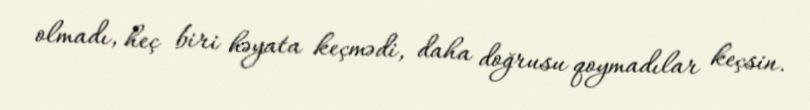
olmadı, heç biri həyata keçmədi, daha doğrusu qoymadılar keçsin.